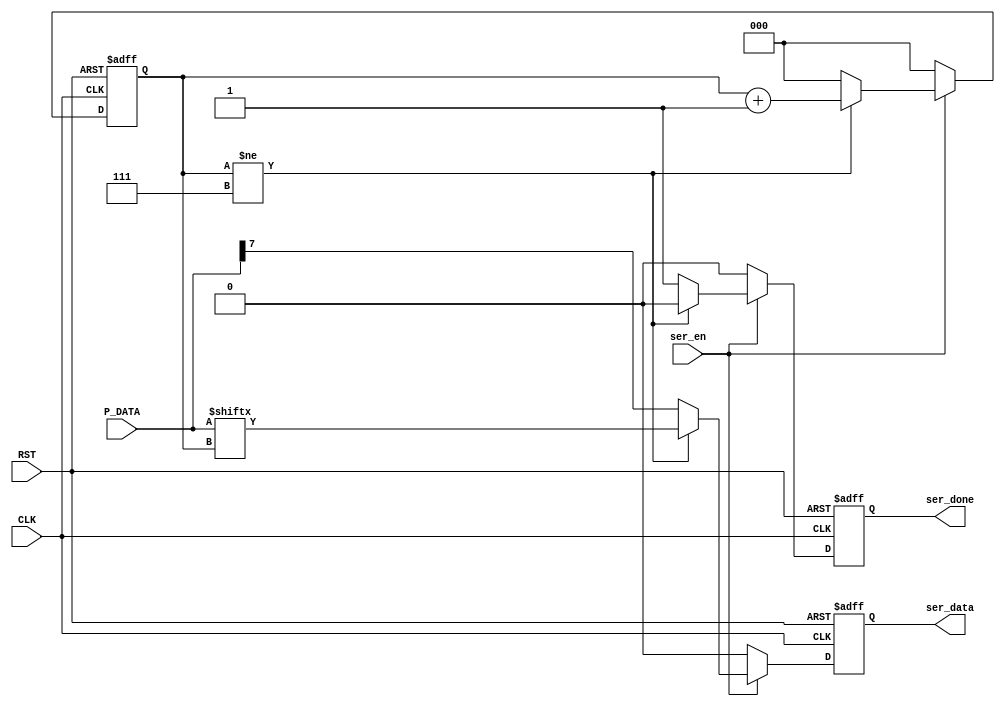
module UART_Tx_Serializer 
(
	input   wire [7:0] P_DATA   ,
	input   wire       ser_en   ,
	input   wire       CLK      ,
	input   wire       RST      ,

	output  reg        ser_data ,
	output  reg        ser_done
);

reg [2:0] counter ;

always @(posedge CLK or negedge RST)
 begin
 	if (!RST) begin
 		counter  <= 3'd0 ;
 		ser_data <= 1'd0 ;
 		ser_done <= 1'd0 ;
 	end
 	else if (ser_en == 1'd1) begin
 		if (counter != 3'd7) begin
 			counter  <= counter + 3'd1  ;
 			ser_data <= P_DATA[counter] ;
 			ser_done <= 1'd0            ;
  		end
  		else begin
  			counter  <= 3'd0      ;
  			ser_data <= P_DATA[7] ;
  			ser_done <= 1'd1      ;
  		end
 	end
 	else begin
 		counter  <= 3'd0 ;
 		ser_data <= 1'd0 ;
 		ser_done <= 1'd0 ;
 	end
 end

endmodule